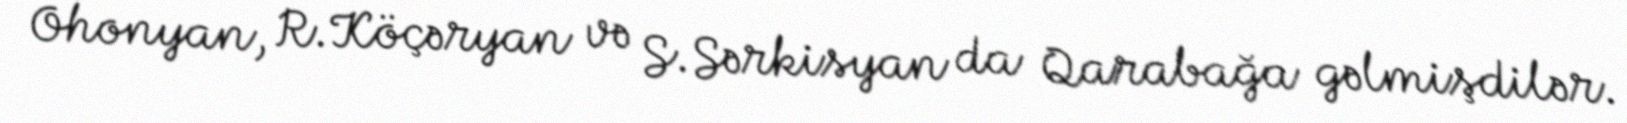
Ohonyan, R.Köçəryan və S.Sərkisyan da Qarabağa gəlmişdilər.